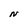
Character: N